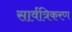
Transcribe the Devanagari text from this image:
सार्वत्रिकरण